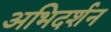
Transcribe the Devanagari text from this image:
अभिदर्शन